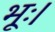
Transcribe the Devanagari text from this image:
भूः।